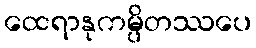
ထေရာနုကမ္ပိတဿပေ